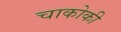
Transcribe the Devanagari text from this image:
चाकोकी